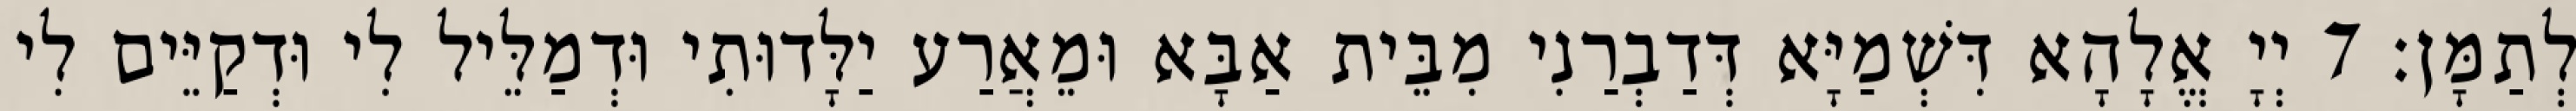
לְתַמָּן׃ 7 יְיָ אֱלָהָא דִּשְׁמַיָּא דְּדַבְרַנִי מִבֵּית אַבָּא וּמֵאֲרַע יַלָּדוּתִי וּדְמַלֵּיל לִי וּדְקַיֵּים לִי